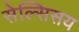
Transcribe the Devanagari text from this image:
सेल्सिसय